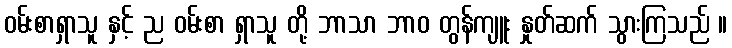
ဝမ်းစာရှာသူ နှင့် ည ဝမ်းစာ ရှာသူ တို့ ဘာသာ ဘာဝ တွန်ကျူး နှုတ်ဆက် သွားကြသည် ။